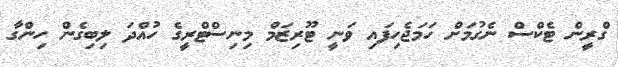
ގްރީން ޓެކްސް ނެގުމަށް ހަމަޖެހިފައި ވަނީ ޓޫރިޒަމް މިނިސްޓްރީގެ ހުއްދަ ލިބިގެން ހިންގާ